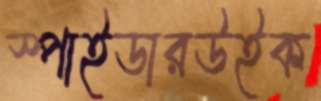
স্পাইডারউইক